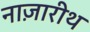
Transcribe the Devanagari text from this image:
नाज़ारीथ